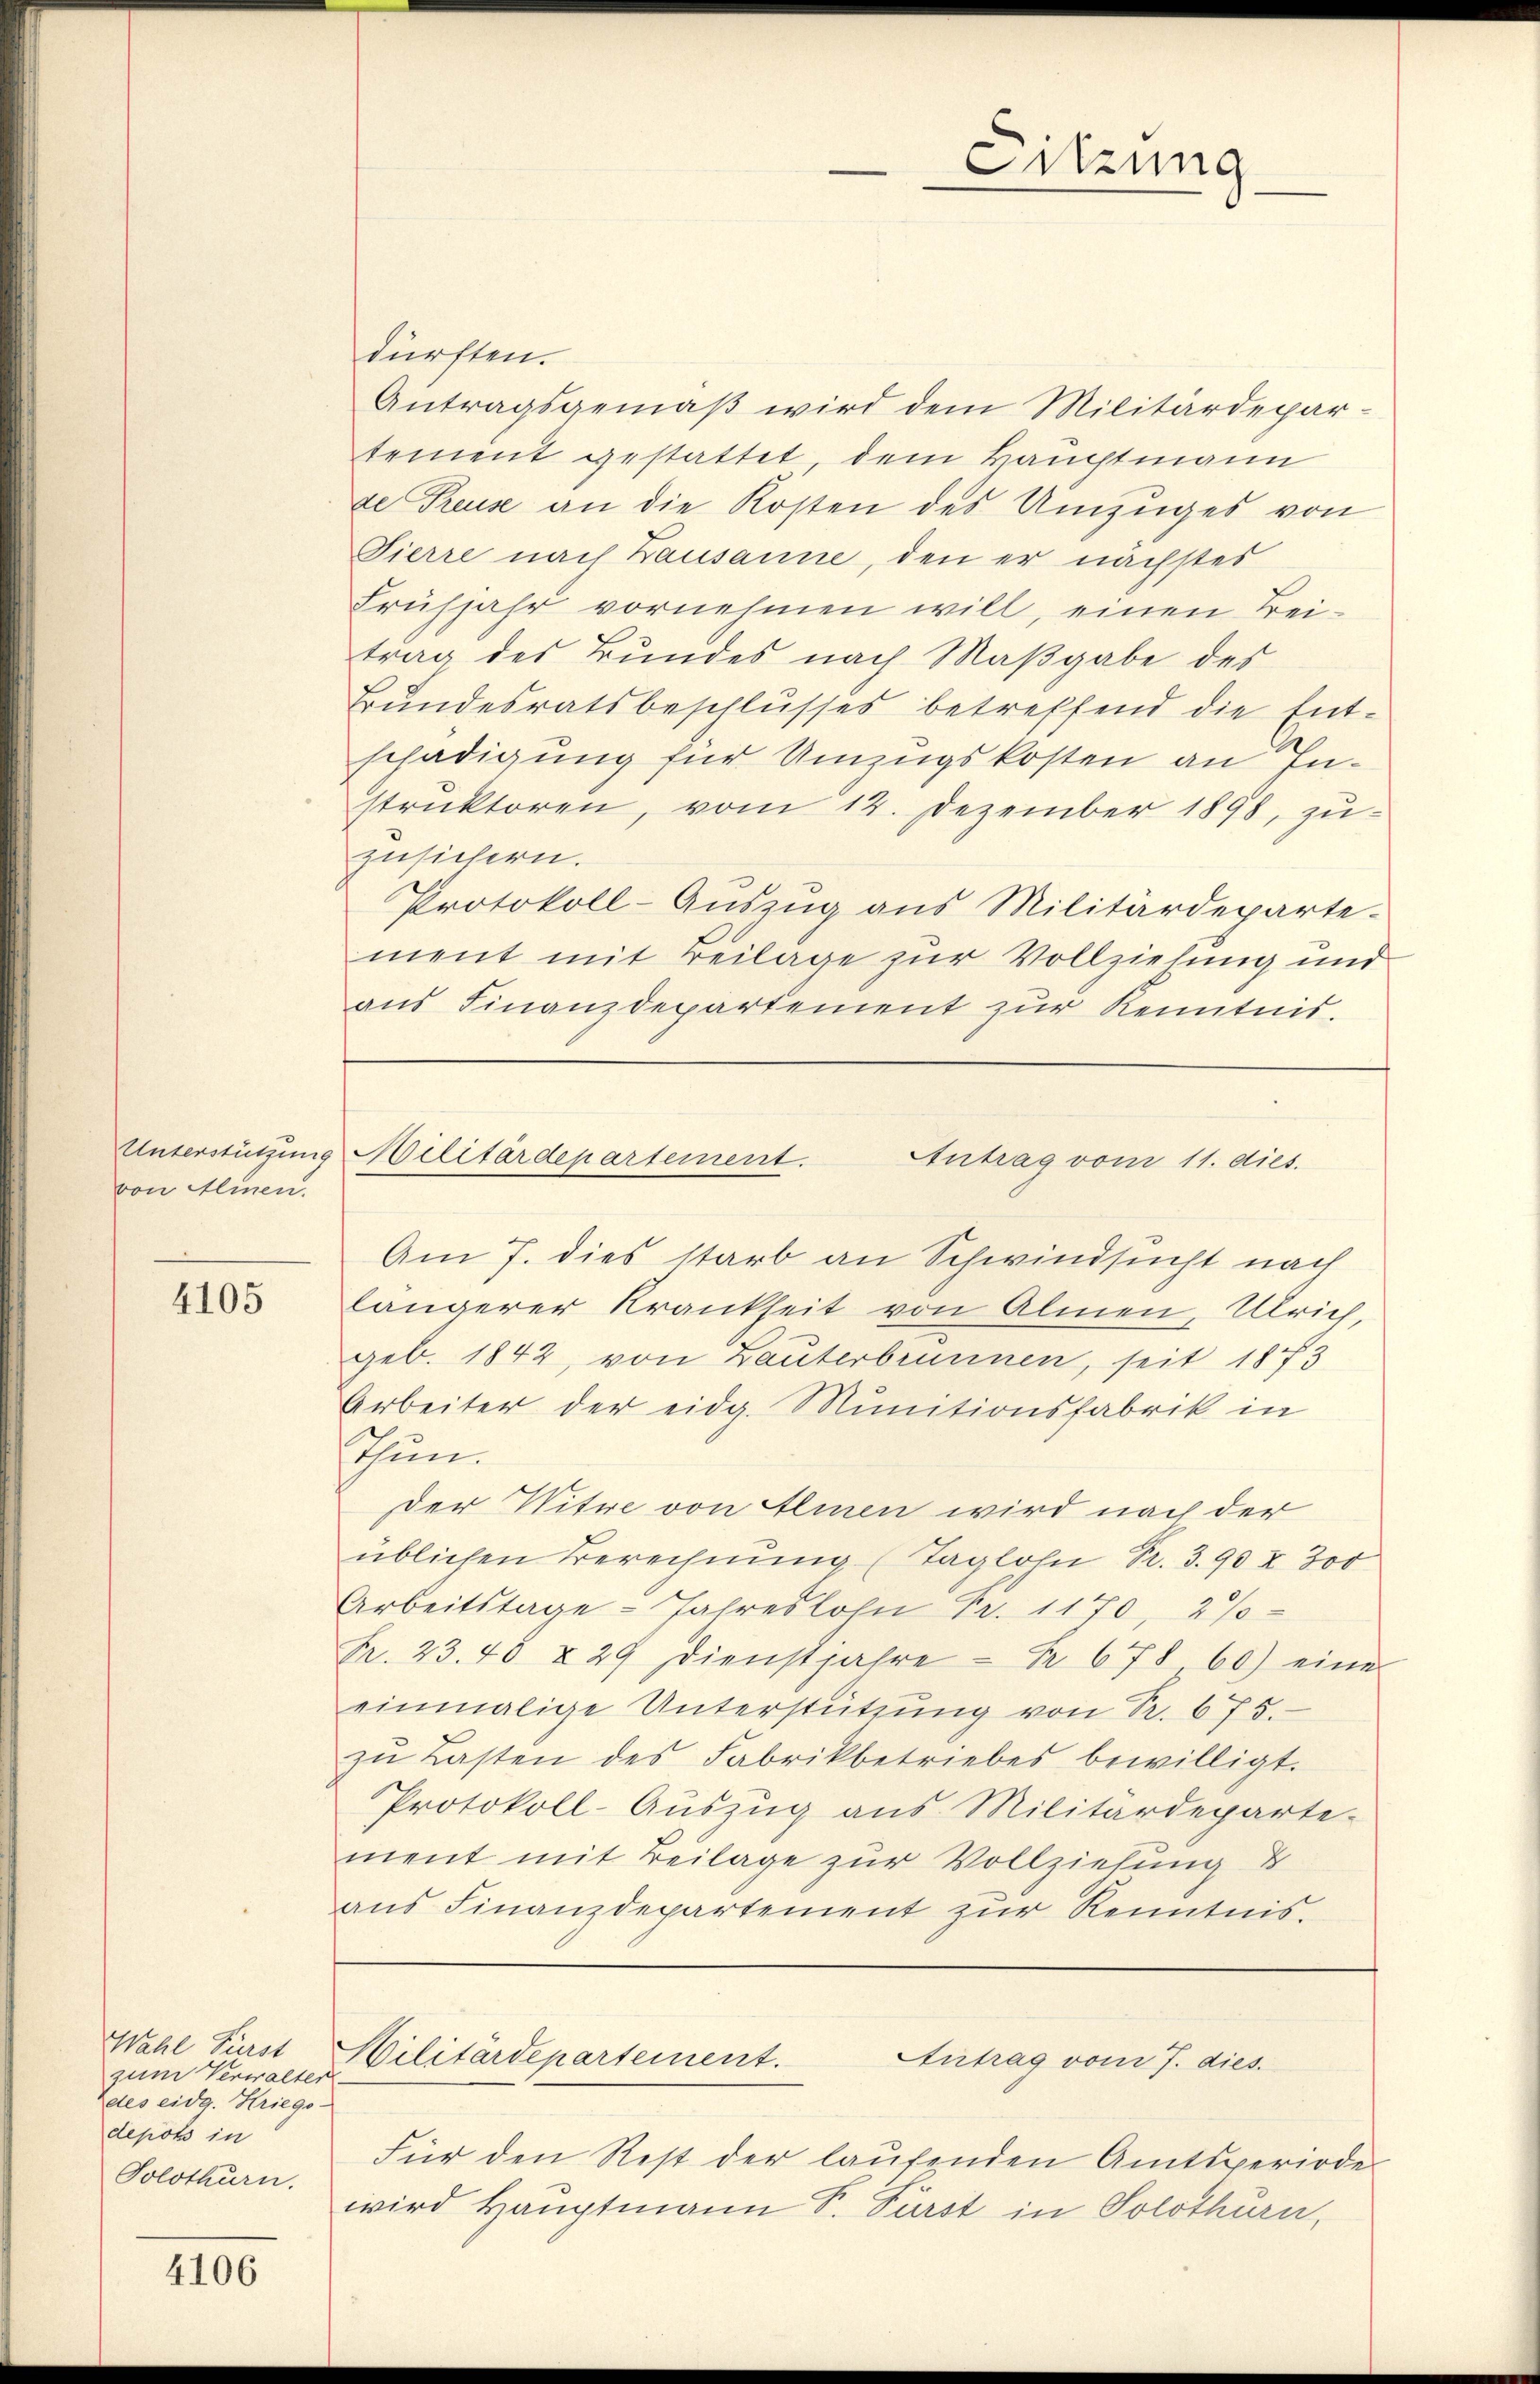
von Alinen.

4105

Wahl Fürst
zum Verwalter
Edles eidg. Kriego-
depots in
Solothurn.

4106

dürften.
Antragsgemäß wird dem Militärdepartement gestattet dem Hauptmann
de Reuse an die Kosten des Umzuges von
Sierre nach Lausanne, den er nächstes
Frühjahr vornehmen will, einen Freitrag des Bundes nach Maβgabe des
Bundesratsbeschlusses betreffend die Ent-
schädigung für Umzugskosten an Instrŭktoren, vom 12. Dezember 1898, zu-
zusichern.
Protokoll-Auszug aus Militärdeparte-
ment mit Beilage zur Vollziehung und
ans Finanzdepartement zur Kenntnis.
Am 7. dies starb an Schwindsucht nach
längerer Krankheit von Almen, Ulrich,
geb. 1842, von Bauterbrunnen, seit 1873
Arbeiter der eidg. Munitionsfabrik in
Thun.
der Witwe von Alinen wird nach der
üblichen Berechnung (Taglohn Pr. 390 X 300
Arbeitstage Jahreslohn Fr. 1170, 2%
Fr. 23.40 § 29 dienstjahre Nr. 678 60) eine
einmalige Unterstützŭng von Sr. 675.
zŭ Lasten des Fabrikbetriebes bewilligt.
Protokoll-Auszug aus Militärdeparte-
ment mit Beilage zur Vollziehung &
aŭs Finanzdepartement zŭr Kenntnis.
Militärdepartement.
Antrag vom 7. dies
Für den Rest der laufenden Amtsperiode
wird Hauptmann P. Fürst in Solothurn,

Unterstützung Militärdepartement. Antrag vom 11. dies.

Sitzung